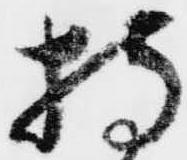
持